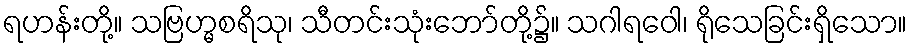
ရဟန်းတို့။ သဗြဟ္မစရိသု၊ သီတင်းသုံးဘော်တို့၌။ သဂါရဝေါ၊ ရိုသေခြင်းရှိသော။